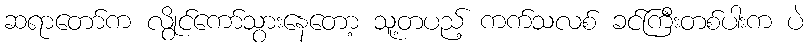
ဆရာတော်က လွိုင်ကော်သွားနေတော့ သူ့တပည့် ကက်သလစ် ခင်ကြီးတစ်ပါးက ပဲ